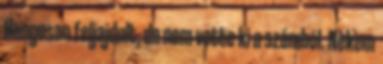
Hangosan feljajdult, de nem vette ki a számból. Nekem